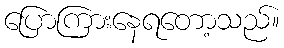
ပြောကြားနေရတော့သည်။